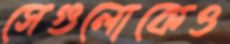
সেগুলোকেও